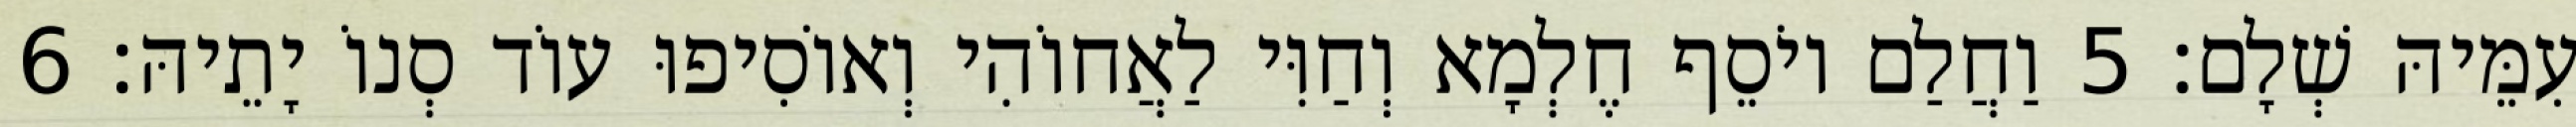
עִמֵּיהּ שְׁלָם׃ 5 וַחֲלַם יוֹסֵף חֶלְמָא וְחַוִּי לַאֲחוֹהִי וְאוֹסִיפוּ עוֹד סְנוֹ יָתֵיהּ׃ 6